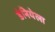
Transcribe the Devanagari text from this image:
डेनियेला